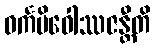
ဓင်္ကမိဝေါဿဇန္တီတိ